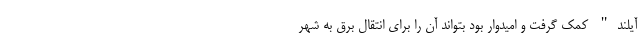
آیلند" کمک گرفت و امیدوار بود بتواند آن را برای انتقال برق به شهر